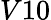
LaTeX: {V10}